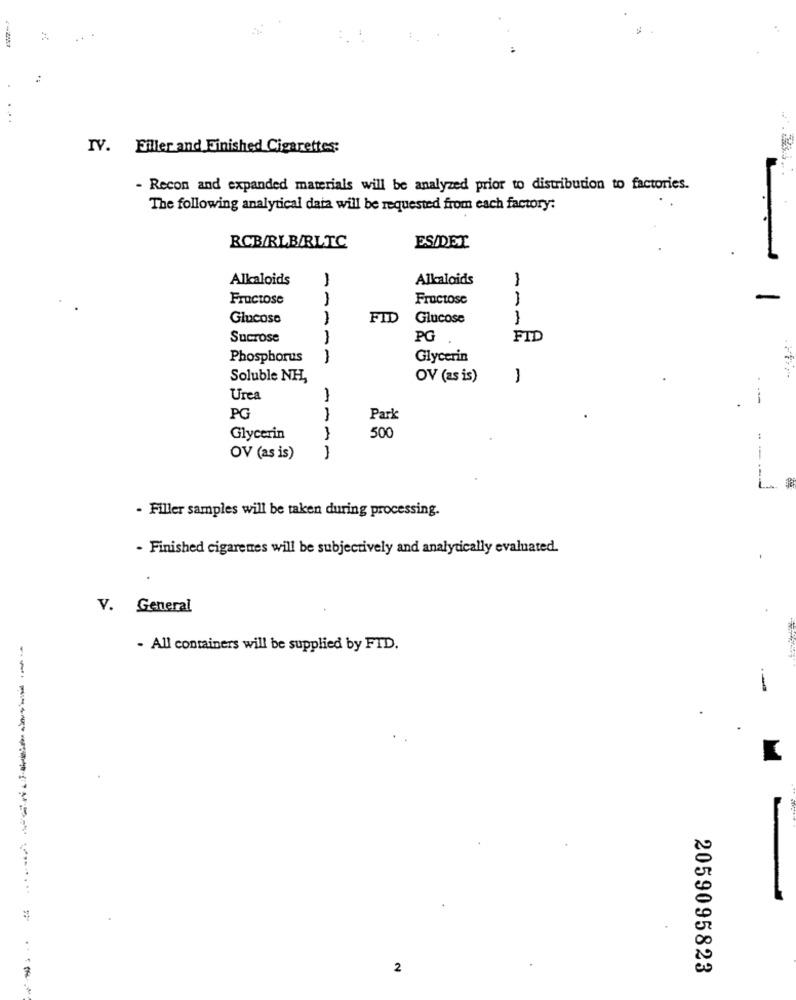
IV. Filler and Finished Cigarettes:
- Recon and expanded materials will be analyzed prior to distribution to factories.
The following analytical data will be requested from each factory:
RCB/RLB/RLTC
ES/DET
-
Alkaloids
1
Alkaloids
Fructose
Fructose
Glucose
)
FID
Glucose
Sucrose
PG
FID
Phosphorus
-
Glycerin
Soluble NH,
OV (as is)
Urea
---
PG
Park
500
Glycerin
OV (as is)
-----
- Filler samples will be taken during processing.
- Finished cigarenes will be subjectively and analytically evaluated.
V. General
- All containers will be supplied by FID.
2
2059095823